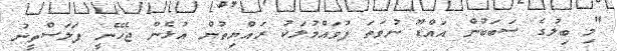
"މި ބިލުގެ ސަބަބުން އައްޑޫ ނުވަތަ ފުވައްމުލަކު ރައްޔިތުން އުޅެން ޖެހޭނީ ފަލަސްތީނު